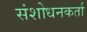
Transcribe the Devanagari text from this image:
संशोधनकर्ता